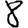
Digit: 8